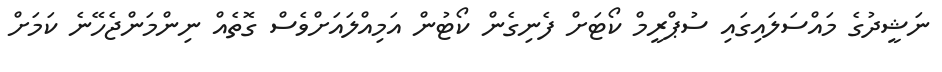
ނަޝީދުގެ މައްސަލައިގައި ސުޕްރީމް ކޯޓަށް ފެނިގެން ކޯޓުން އަމިއްލައަށްވެސް ގޮތެއް ނިންމަންޖެހޭނެ ކަމަށް